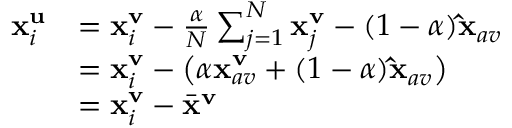
\begin{array} { r l } { \mathbf { x } _ { i } ^ { \mathbf { u } } } & { = \mathbf { x } _ { i } ^ { \mathbf { v } } - \frac { \alpha } { N } \sum _ { j = 1 } ^ { N } \mathbf { x } _ { j } ^ { \mathbf { v } } - ( 1 - \alpha ) \mathbf { \hat { x } } _ { a v } } \\ & { = \mathbf { x } _ { i } ^ { \mathbf { v } } - \left( \alpha \mathbf { x } _ { a v } ^ { \mathbf { v } } + ( 1 - \alpha ) \mathbf { \hat { x } } _ { a v } \right) } \\ & { = \mathbf { x } _ { i } ^ { \mathbf { v } } - \bar { \mathbf { x } } ^ { \mathbf { v } } } \end{array}